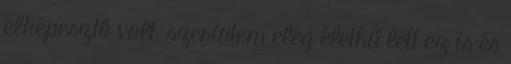
elképesztő volt, szerintem elég élethű lett ez is és